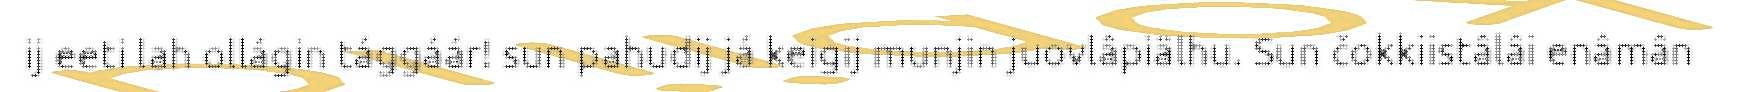
ij eeti lah ollágin tággáár! sun pahudij já keigij munjin juovlâpiälhu. Sun čokkiistâlâi enâmân